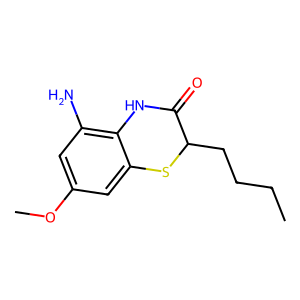
SMILES: CCCCC1Sc2cc(OC)cc(N)c2NC1=O
Inhibits HIV replication: No